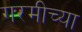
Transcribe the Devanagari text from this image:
गरमीच्या